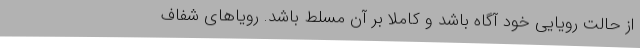
از حالت رویایی خود آگاه باشد و کاملاً بر آن مسلط باشد. رویاهای شفاف